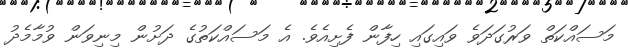
މަސައްކަތް ވަރުގަދަވެ ވައިގައި ހިފާން ފެށިއެވެ. އެ މަސައްކަތުގެ ދަށުން މިނިވަން ވުމާމެދު